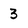
Character: 3